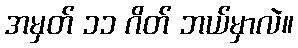
အမှတ် ၁၁ ဂိတ် ဘယ်မှာလဲ။